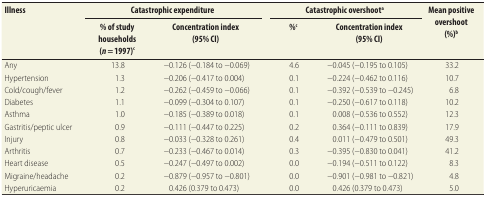
<table><thead><tr><td rowspan="2"><b>Illness</b></td><td colspan="2"><b>Catastrophic expenditure</b></td><td rowspan="2"></td><td colspan="2"><b>Catastrophic overshoot<sup>a</sup></b></td><td rowspan="2"><b>Mean positive overshoot (%)<sup>b</sup></b></td></tr><tr><td><b>% of study households (<i>n</i> = 1997)<sup>c</sup></b></td><td><b>Concentration index (95% CI)</b></td><td><b>%<sup>c</sup></b></td><td><b>Concentration index (95% CI)</b></td></tr></thead><tbody><tr><td>Any</td><td>13.8</td><td>−0.126 (−0.184 to −0.069)</td><td></td><td>4.6</td><td>−0.045 (−0.195 to 0.105)</td><td>33.2</td></tr><tr><td>Hypertension</td><td>1.3</td><td>−0.206 (−0.417 to 0.004)</td><td></td><td>0.1</td><td>−0.224 (−0.462 to 0.116)</td><td>10.7</td></tr><tr><td>Cold/cough/fever</td><td>1.2</td><td>−0.262 (−0.459 to −0.066)</td><td></td><td>0.1</td><td>−0.392 (−0.539 to −0.245)</td><td>6.8</td></tr><tr><td>Diabetes</td><td>1.1</td><td>−0.099 (−0.304 to 0.107)</td><td></td><td>0.1</td><td>−0.250 (−0.617 to 0.118)</td><td>10.2</td></tr><tr><td>Asthma</td><td>1.0</td><td>−0.185 (−0.389 to 0.018)</td><td></td><td>0.1</td><td>0.008 (−0.536 to 0.552)</td><td>12.3</td></tr><tr><td>Gastritis/peptic ulcer</td><td>0.9</td><td>−0.111 (−0.447 to 0.225)</td><td></td><td>0.2</td><td>0.364 (−0.111 to 0.839)</td><td>17.9</td></tr><tr><td>Injury</td><td>0.8</td><td>−0.033 (−0.328 to 0.261)</td><td></td><td>0.4</td><td>0.011 (−0.479 to 0.501)</td><td>49.3</td></tr><tr><td>Arthritis</td><td>0.7</td><td>−0.233 (−0.467 to 0.014)</td><td></td><td>0.3</td><td>−0.395 (−0.830 to 0.041)</td><td>41.2</td></tr><tr><td>Heart disease</td><td>0.5</td><td>−0.247 (−0.497 to 0.002)</td><td></td><td>0.0</td><td>−0.194 (−0.511 to 0.122)</td><td>8.3</td></tr><tr><td>Migraine/headache</td><td>0.2</td><td>−0.879 (−0.957 to −0.801)</td><td></td><td>0.0</td><td>−0.901 (−0.981 to −0.821)</td><td>4.8</td></tr><tr><td>Hyperuricaemia</td><td>0.2</td><td>0.426 (0.379 to 0.473)</td><td></td><td>0.0</td><td>0.426 (0.379 to 0.473)</td><td>5.0</td></tr></tbody></table>